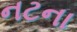
નટના